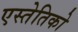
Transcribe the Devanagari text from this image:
एस्तेतिको